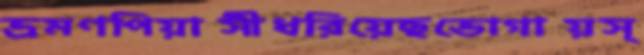
ভ্রমণপিয়াসীধরিয়েছভোগায়স্